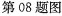
第08题图